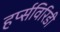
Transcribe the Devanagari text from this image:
हर्प्सविरिडी